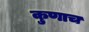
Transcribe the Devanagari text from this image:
कुणाच